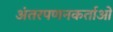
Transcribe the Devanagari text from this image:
अंतरपणनकर्ताओं